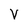
Character: V